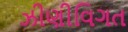
ઝીણીવિગત